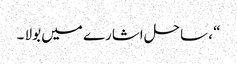
“ ، ساحل اشارے میں بولا ۔